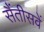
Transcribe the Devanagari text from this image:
सैंतीसवें